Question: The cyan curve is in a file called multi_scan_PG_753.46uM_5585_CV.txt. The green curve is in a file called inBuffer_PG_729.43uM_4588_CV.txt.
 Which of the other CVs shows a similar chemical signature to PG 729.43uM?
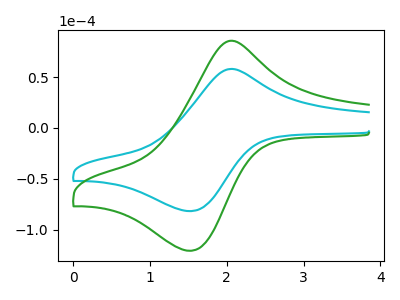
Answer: <think>The cyan curve "PG 753.46uM" has an anodic peak at (2.00V, 57.60uA) and a cathodic peak at (1.55V, -81.60uA). The green curve "PG 729.43uM" has an anodic peak at (2.00V, 85.10uA) and a cathodic peak at (1.55V, -120.55uA).
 All the peaks in "PG 753.46uM" have a peak in "PG 729.43uM" at the same potential. Every peak in "PG 753.46uM" is lower than every peak in "PG 729.43uM".</think>
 <answer>The CV with the most similar shape to "PG 753.46uM" is "PG 729.43uM".</answer>
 <eval>"PG 729.43uM"</eval>